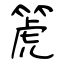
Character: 箎